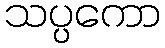
သပ္ပကော